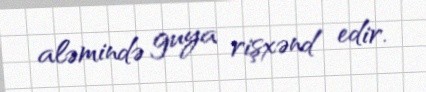
aləmində guya rişxənd edir.